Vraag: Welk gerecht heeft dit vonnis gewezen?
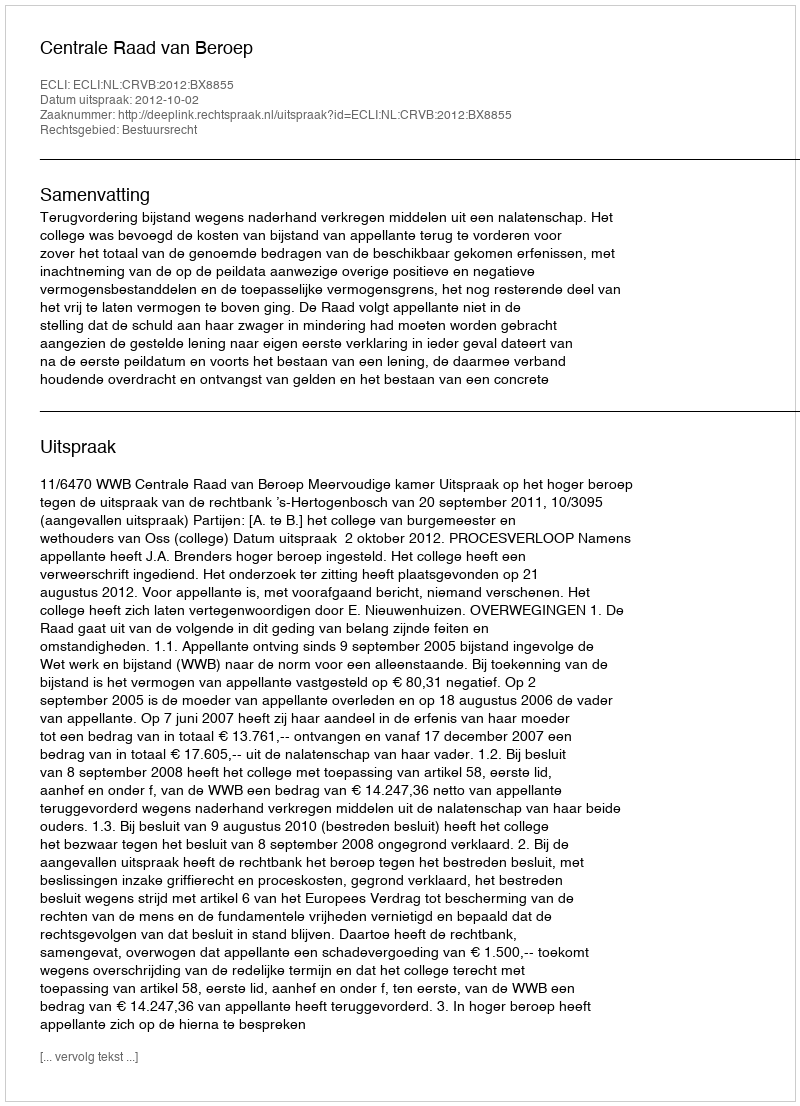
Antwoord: Centrale Raad van Beroep